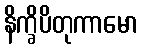
နိက္ခိပိတုကာမော